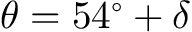
\theta = 5 4 ^ { \circ } + \delta